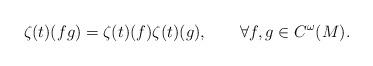
LaTeX: \begin{align*}\zeta(t)(fg)=\zeta(t)(f)\zeta(t)(g),\qquad\forall f,g\in C^{\omega}(M).\end{align*}